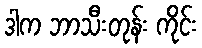
ဒါက ဘာသီးတုန်း ကိုင်း